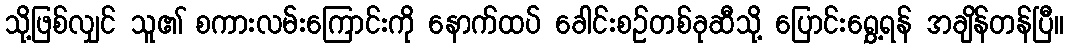
သို့ဖြစ်လျှင် သူ၏ စကားလမ်းကြောင်းကို နောက်ထပ် ခေါင်းစဉ်တစ်ခုဆီသို့ ပြောင်းရွှေ့ရန် အချိန်တန်ပြီ။